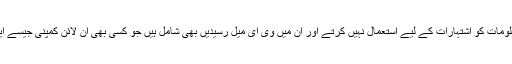
گوگل کا کہنا تھا کہ ہم جی میل پیغامات میں موجود کسی بھی قسم کی معلومات کو اشتہارات کے لیے استعمال نہیں کرتے اور ان میں وی ای میل رسیدیں بھی شامل ہیں جو کسی بھی آن لائن کمپنی جیسے ایمازون یا دیگر سے خریداری پر ای میل کی شکل میں موصول ہوتی ہیں۔